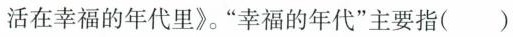
活在幸福的年代里》。”幸福的年代”主要指()